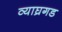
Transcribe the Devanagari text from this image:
व्याघ्रगड